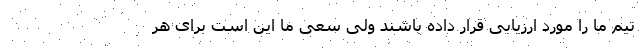
تیم ما را مورد ارزیابی قرار داده باشند ولی سعی ما این است برای هر